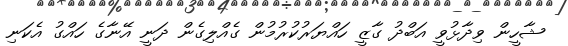
ޝާހީން ވިދާޅުވީ އަބްދު ގާޒީ ހައްޔަރުކުރުމުން ގެއްލިގެން ދަނީ އޭނާގެ ހައްގު އެކަނި